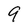
Character: 9